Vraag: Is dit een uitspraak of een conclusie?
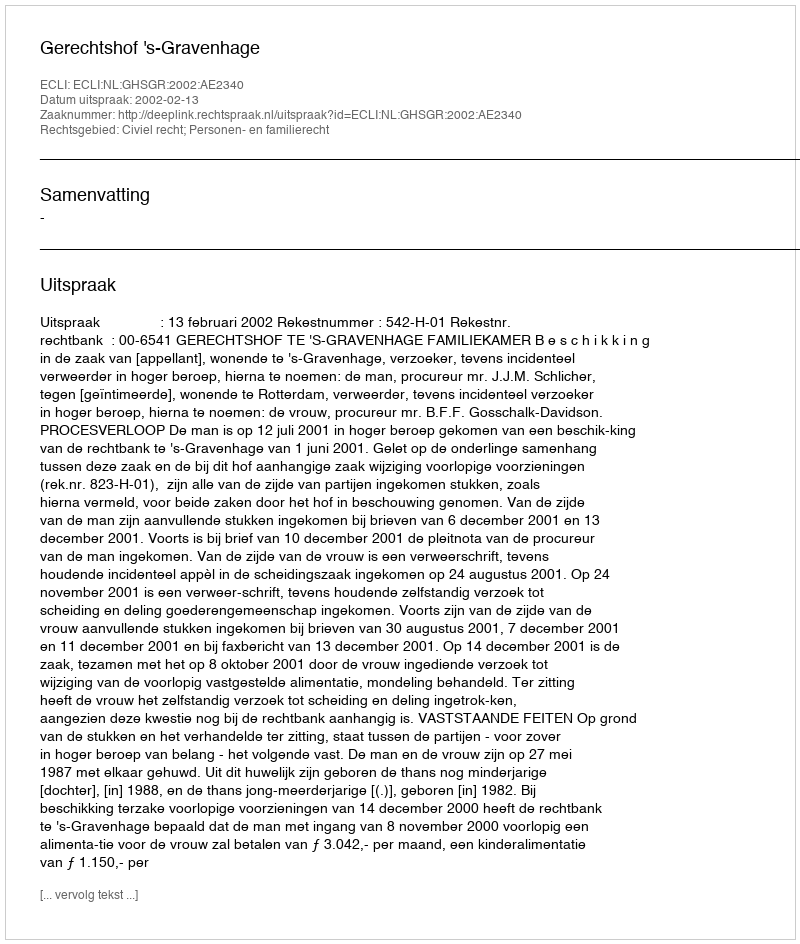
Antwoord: Uitspraak